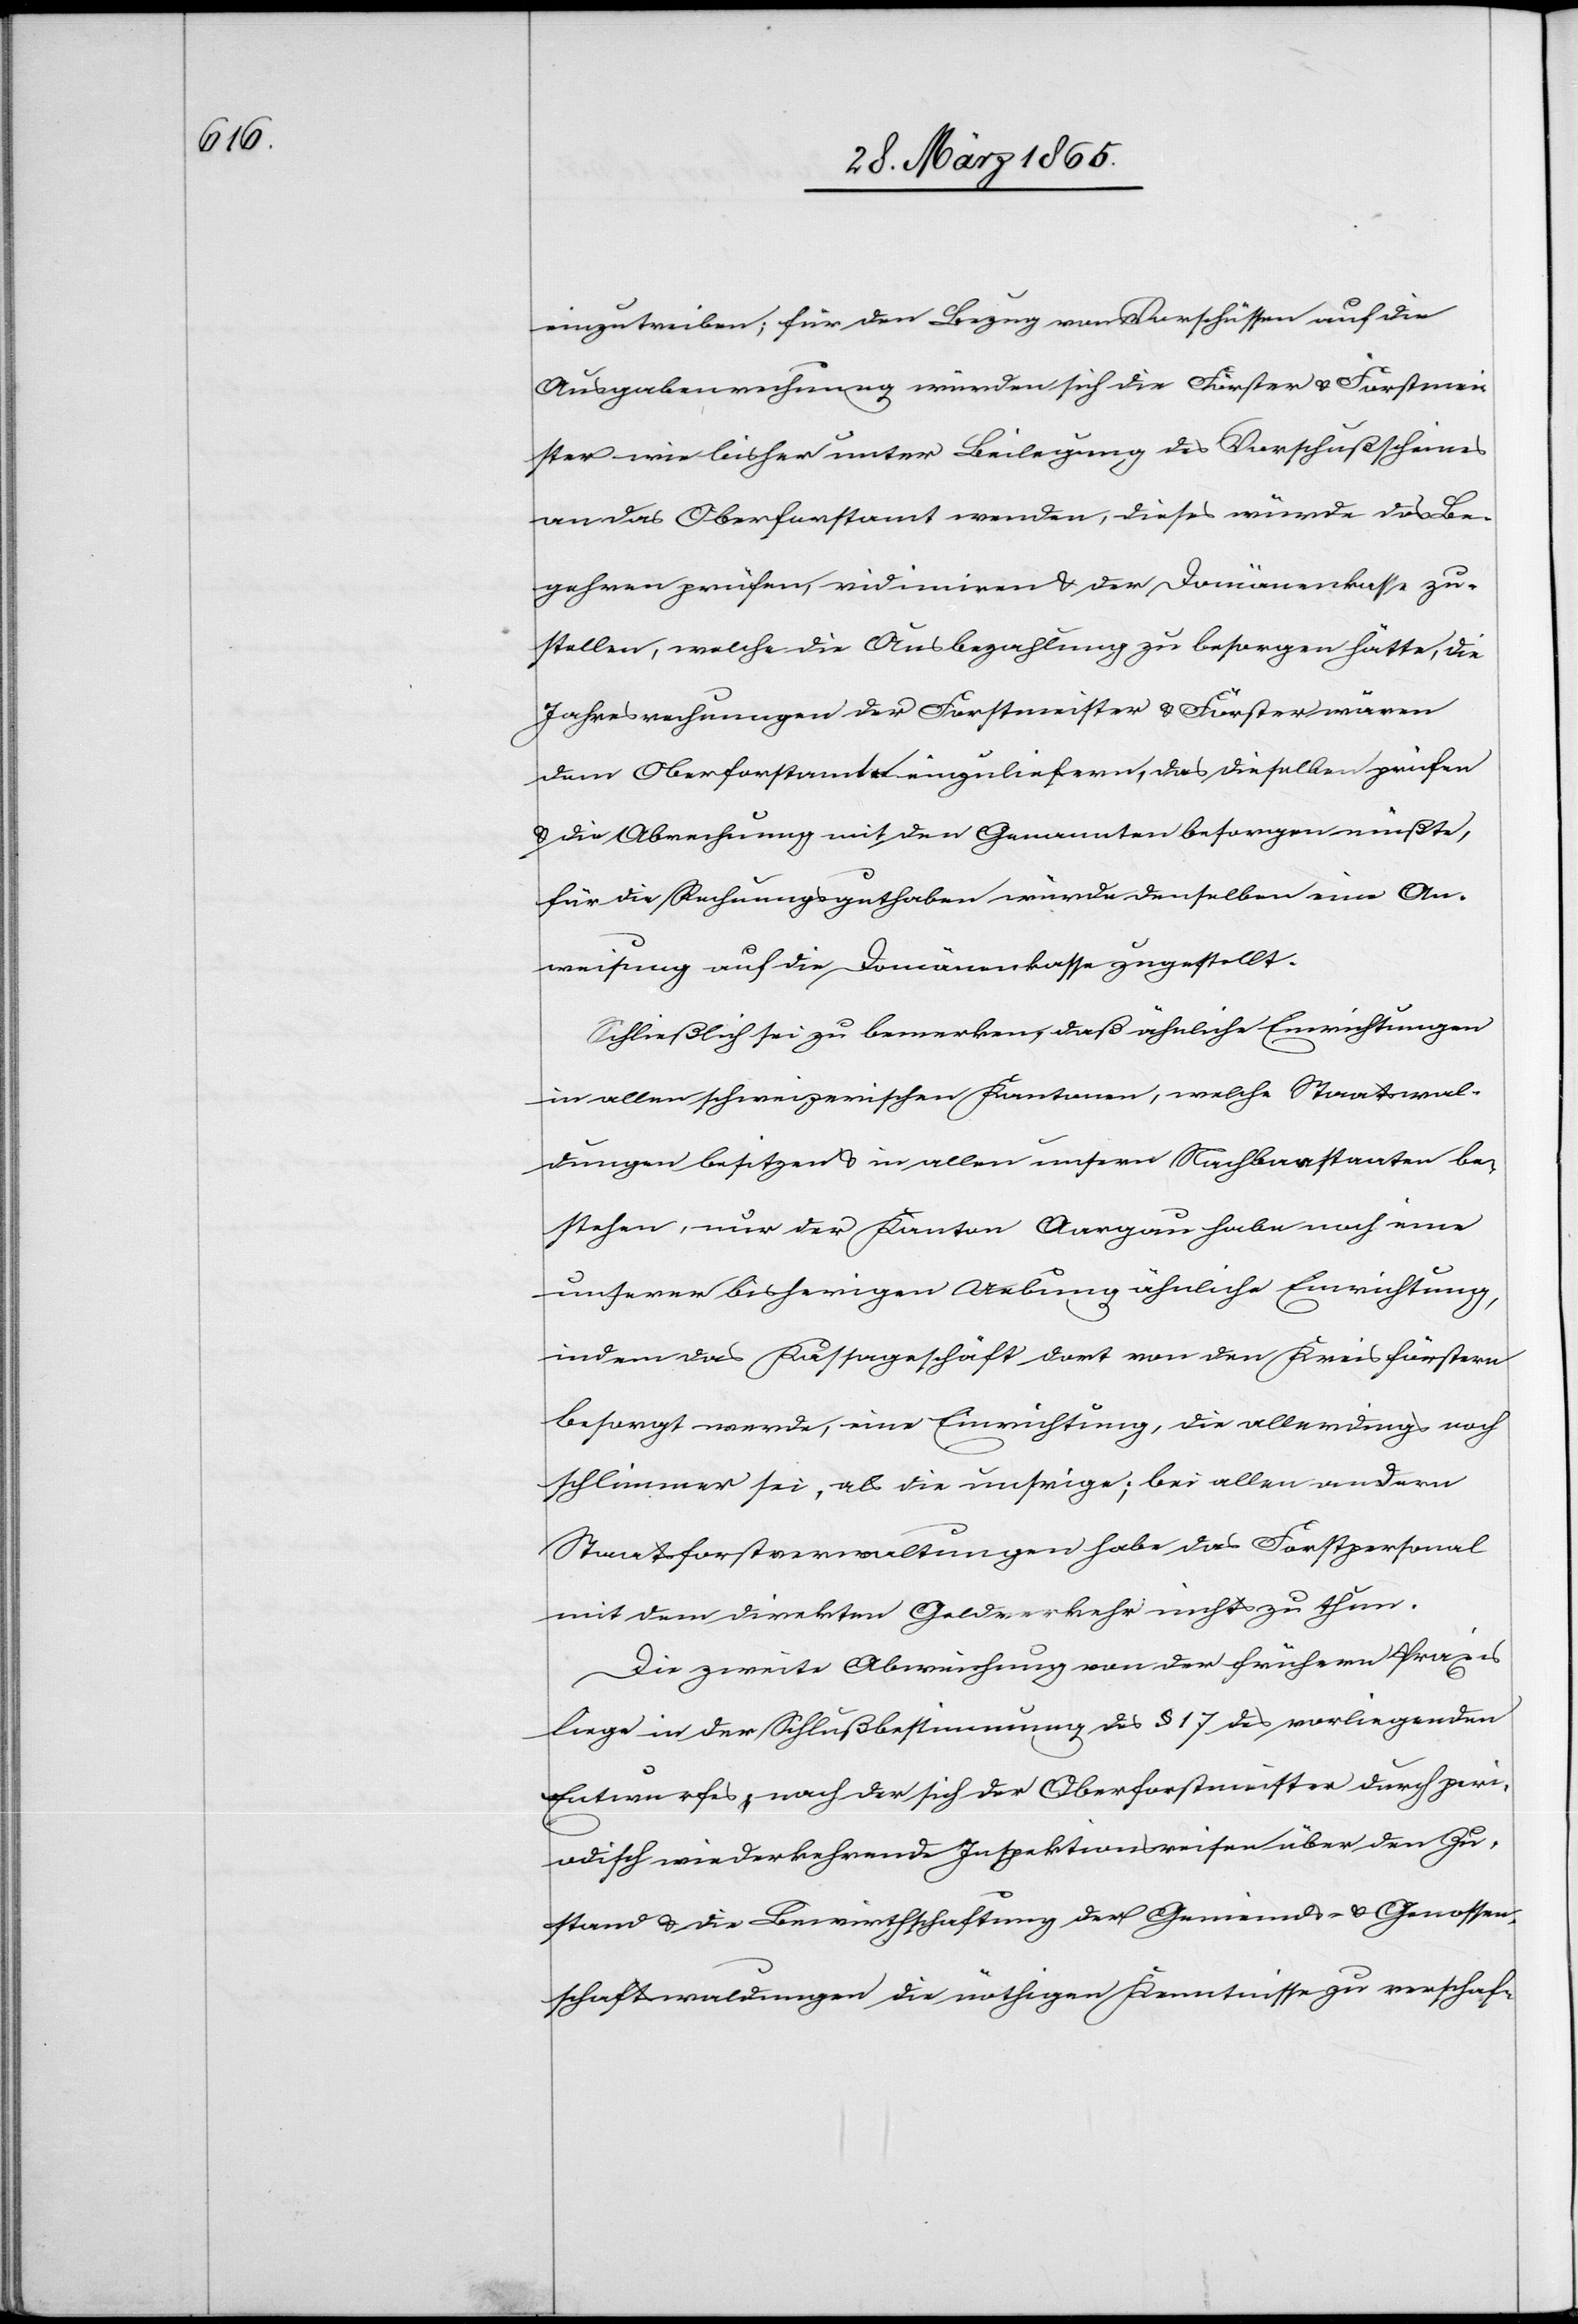
einzutreiben; für den Bezug von Vorschüssen auf die
Ausgabenrechnung würden sich die Förster & Forstmei¬
ster wie bisher unter Beilegung des Vorschußscheines
an das Oberforstamt wenden, dieses würde das Be¬
gehren prüfen, vidimiren & der Domänenkasse zu¬
stellen, welche die Ausbezahlung zu besorgen hätte, die
Jahresrechnungen der Forstmeister & Förster wären
dem Oberforstamt einzuliefern, das dieselben prüfen
& die Abrechnung mit den Genannten besorgen müßte,
für die Rechnungsguthaben würde denselben eine An¬
weisung auf die Domänenkasse zugestellt.
Schließlich sei zu bemerken, daß ähnliche Einrichtungen
in allen schweizerischen Kantonen, welche Staatswal¬
dungen besitzen & in allen unsern Nachbarstaaten be¬
stehen, nur der Kanton Aargau habe noch eine
unserer bisherigen Uebung ähnliche Einrichtung,
indem das Kassageschäft dort von den Kreisförstern
besorgt werde, eine Einrichtung, die allerdings noch
schlimmer sei, als die unsrige; bei allen andern
Staatsforstverwaltungen habe das Forstpersonal
mit dem direkten Geldverkehr nichts zu thun.
Die zweite Abweichung von der frühern Praxis
liege in der Schlußbestimmung des § 17 des vorliegenden
Entwurfes, nach der sich der Oberforstmeister durch peri¬
odisch wiederkehrende Inspektionsreisen über den Zu¬
stand & die Bewirthschaftung der Gemeinds- & Genossen¬
schaftswaldungen die nöthigen Kenntnisse zu verschaf-